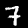
Digit: 7